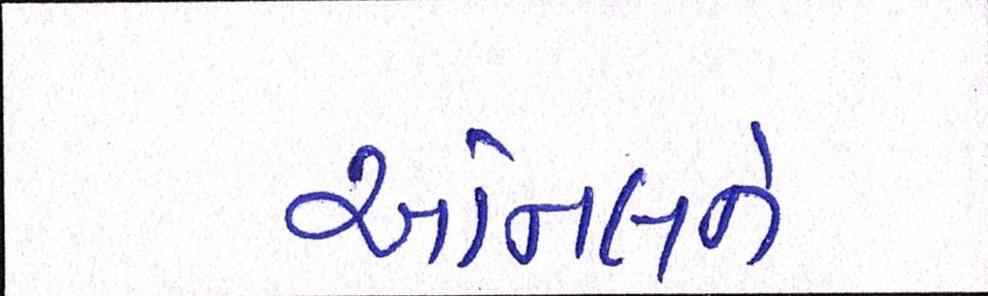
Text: અનિલને